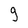
Character: 9